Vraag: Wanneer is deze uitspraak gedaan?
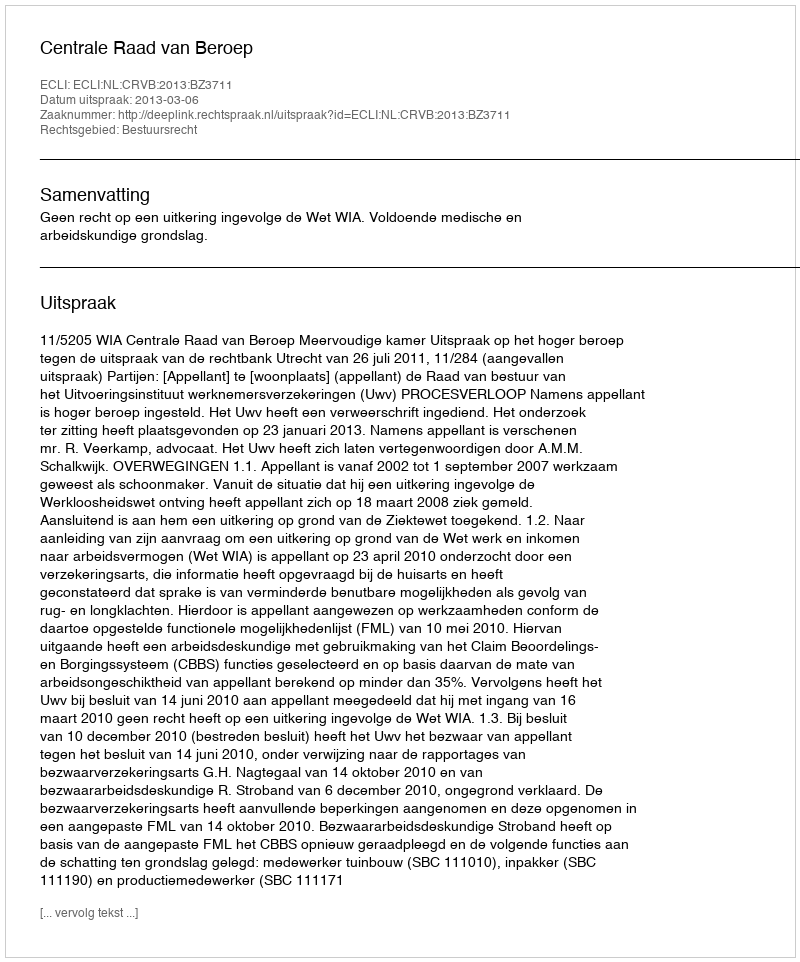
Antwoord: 2013-03-06